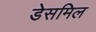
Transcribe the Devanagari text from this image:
डेसमिल